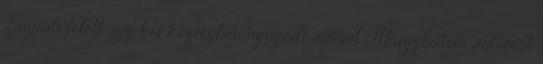
Zágráb felett egy kis községben nyugodt szívvel otthagyhatom autómat